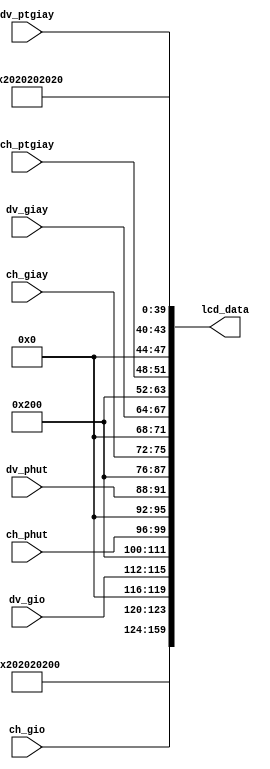
`timescale 1ns / 1ps
//////////////////////////////////////////////////////////////////////////////////
// Company: 
// Engineer: 
// 
// Design Name: 
// Module Name: LCD_DATA_TRANSFER
// Project Name: 
// Target Devices: 
// Tool Versions: 
// Description: 
// 
// Dependencies: 
// 
// Revision:
// Revision 0.01 - File Created
// Additional Comments:
// 
//////////////////////////////////////////////////////////////////////////////////


module LCD_DATA_TRANSFER(
  input [3:0] dv_ptgiay,
  input [3:0] ch_ptgiay,
  input [3:0] dv_giay,
  input [3:0] ch_giay,
  input [3:0] dv_phut,
  input [3:0] ch_phut,
  input [3:0] dv_gio,
  input [3:0] ch_gio,
  output [159:0] lcd_data
);

  wire [7:0] padding = 8'h20;
  wire [7:0] dv_ptgiay_ext = {4'd0, dv_ptgiay};
  wire [7:0] ch_ptgiay_ext = {4'd0, ch_ptgiay};
  wire [7:0] dv_giay_ext = {4'd0, dv_giay};
  wire [7:0] ch_giay_ext = {4'd0, ch_giay};
  wire [7:0] dv_phut_ext = {4'd0, dv_phut};
  wire [7:0] ch_phut_ext = {4'd0, ch_phut};
  wire [7:0] dv_gio_ext = {4'd0, dv_gio};
  wire [7:0] ch_gio_ext = {4'd0, ch_gio};
  
  assign lcd_data[7:0]    = padding;
  assign lcd_data[15:8]   = padding;
  assign lcd_data[23:16]  = padding;
  assign lcd_data[31:24]  = padding;
  assign lcd_data[39:32]  = padding;
  assign lcd_data[47:40]  = dv_ptgiay_ext;
  assign lcd_data[55:48]  = ch_ptgiay_ext;
  assign lcd_data[63:56]  = padding;
  assign lcd_data[71:64]  = dv_giay_ext;
  assign lcd_data[79:72]  = ch_giay_ext;
  assign lcd_data[87:80]  = padding;
  assign lcd_data[95:88]  = dv_phut_ext;
  assign lcd_data[103:96] = ch_phut_ext;
  assign lcd_data[111:104] = padding;
  assign lcd_data[119:112] = dv_gio_ext;  
  assign lcd_data[127:120] = ch_gio_ext;
  assign lcd_data[135:128] = padding;
  assign lcd_data[143:136] = padding;
  assign lcd_data[151:144] = padding;
  assign lcd_data[159:152] = padding;
  
endmodule